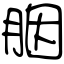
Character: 胭